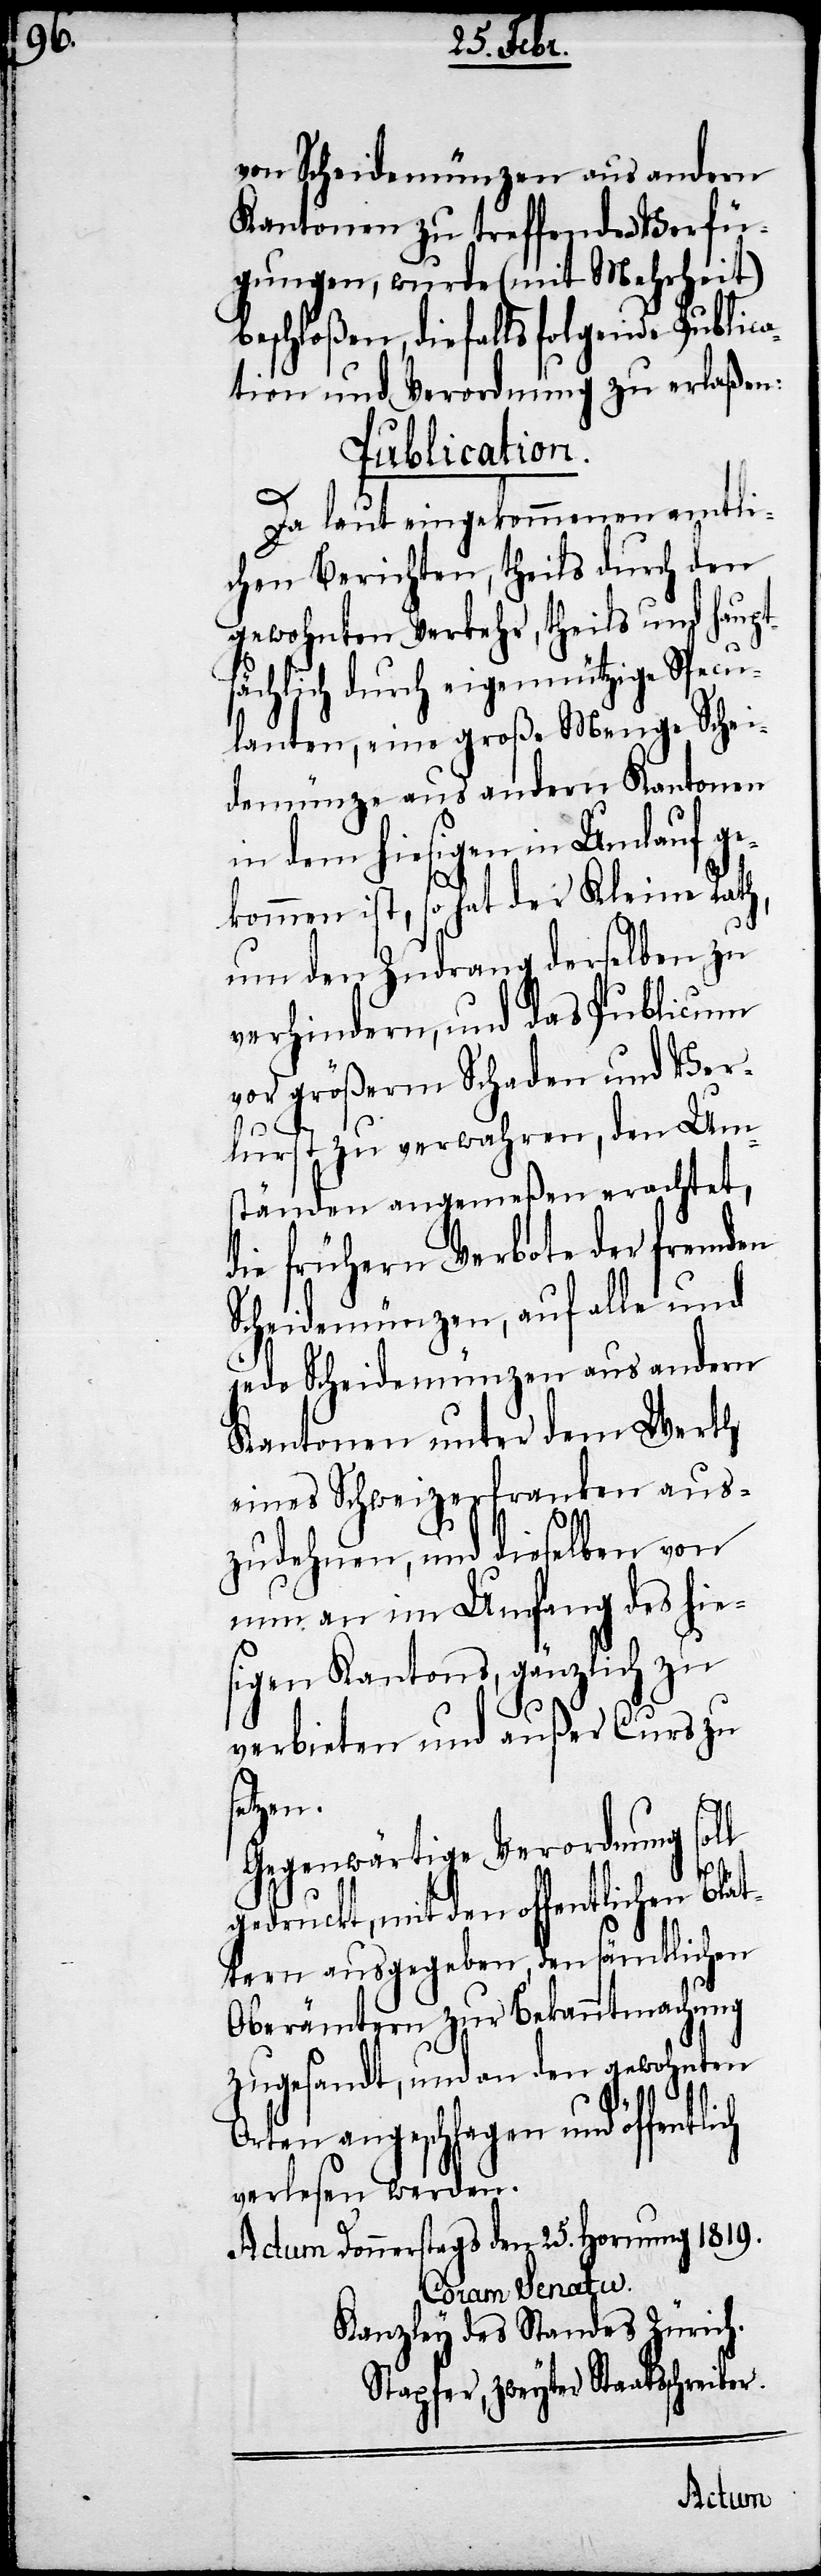
von Scheidemünzen aus andern
Kantonen zu treffende Verfü¬
gungen, wurde (mit Mehrheit)
beschloßen, diefalls folgende Public¬
ation und Verordnung zu erlaßen:
Publication.
Da laut eingekommenen amtli¬
chen Berichten, theils durch den
gewohnten Verkehr, theils und haupts¬
ächlich durch eigennützige Specu¬
lanten, eine große Menge Schei¬
demünze aus andern Kantonen
in dem hiesigen in Umlauf ge¬
kommen ist, so hat der Kleine Rath,
um den Zudrang derselben zu
verhindern, und das Publicum
vor größerm Schaden und Ver¬
lust zu verwahren, den Ums¬
tänden angemeßen erachtet,
die frühern Verbote der fremden
Scheidemünzen, auf alle und
jede Scheidemünzen aus andern
Kantonen unter dem Werth
eines Schweizerfranken aus¬
zudehnen, und dieselben von
nun an im Umfang des hie¬
sigen Kantons, gänzlich zu
verbieten und außer Curs zu
etzen.
Gegenwärtige Verordnung soll
ich
gedruckt, mit den offentlichen Blät¬
tern ausgegeben, den sämtlichen
Oberämtern zur Bekanntmachung
zugesandt, und an den gewohnten
Orten angeschlagen und öffentl¬
verlesen werden.
Actum Donnerstags den 25. Hornung 1819.
Coram Senatu.
Kanzley des Standes Zürich.
Stapfer, zweyter Staatsschr¬
eiber.